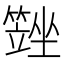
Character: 𡓆